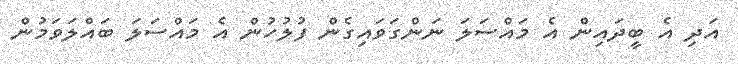
އަދި އެ ބީދައިން އެ މައްސަލަ ނަންގަވައިގެން ފުލުހުން އެ މައްސަލަ ބައްލަވަމުން